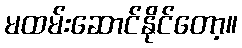
မထမ်းဆောင်နိုင်တော့။